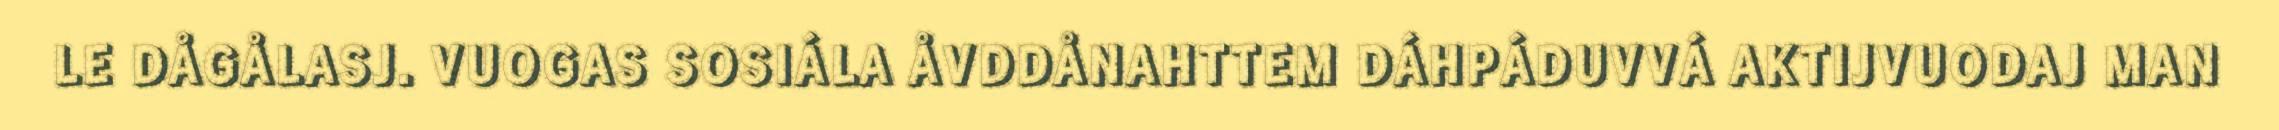
LE DÅGÅLASJ. VUOGAS SOSIÁLA ÅVDDÅNAHTTEM DÁHPÁDUVVÁ AKTIJVUODAJ MAN